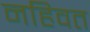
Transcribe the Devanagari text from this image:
नहिवत